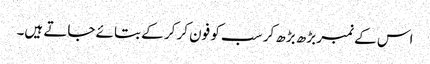
اس کے نمبر بڑھ بڑھ کر سب کو فون کر کر کے بتائے جاتے ہیں۔